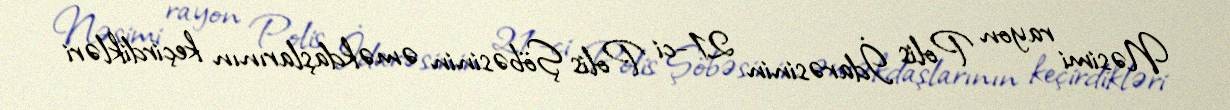
Nəsimi rayon Polis İdarəsinin 21-ci Polis Şöbəsinin əməkdaşlarının keçirdikləri